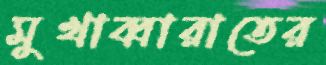
মুখাব্বারাতের